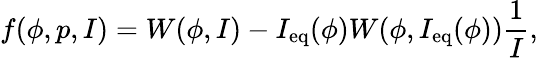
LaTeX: f(\phi,p,I)=W(\phi,I)-I_{\mathrm{eq}}(\phi)W(\phi,I_{\mathrm{eq}}(\phi))\frac{1}{I},